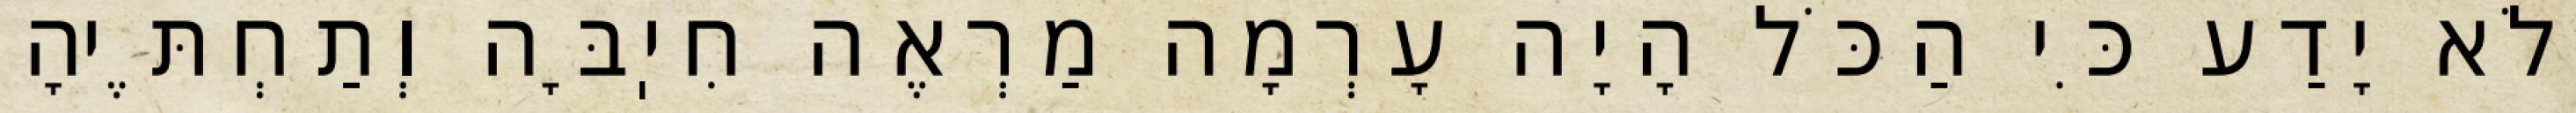
וְלֹא יָדַע כִּי הַכֹּל הָיָה עָרְמָה מַרְאֶה חִיֽבָּה וְתַחְתֶּיהָ